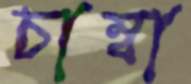
চাম্বা